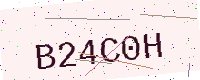
Text: B24C0H